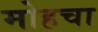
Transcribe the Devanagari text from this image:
मोहचा